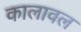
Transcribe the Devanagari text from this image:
कालावल